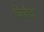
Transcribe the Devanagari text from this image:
किंडैची